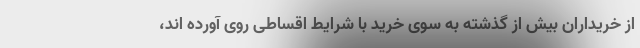
از خریداران بیش از گذشته به سوی خرید با شرایط اقساطی روی آورده اند،